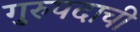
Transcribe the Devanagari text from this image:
गुरुपदाची